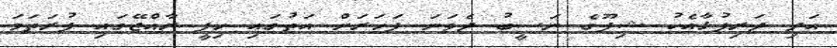
އަދި ދަރިފުޅާއެކު ޝިފޫގެ ނަސީބު ދެވަަނަ ފަހަރަށް އަތުގައި ހިފީ ރާއްޖޭގައި ފުރަތަަމަ